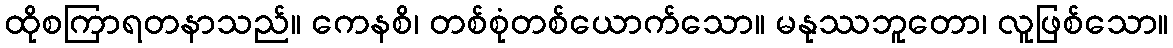
ထိုစကြာရတနာသည်။ ကေနစိ၊ တစ်စုံတစ်ယောက်သော။ မနုဿဘူတော၊ လူဖြစ်သော။